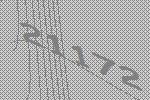
21172